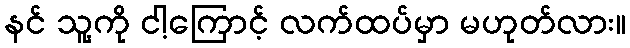
နင် သူ့ကို ငါ့ကြောင့် လက်ထပ်မှာ မဟုတ်လား။